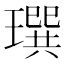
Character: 𤩄